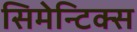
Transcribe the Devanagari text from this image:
सिमेन्टिक्स